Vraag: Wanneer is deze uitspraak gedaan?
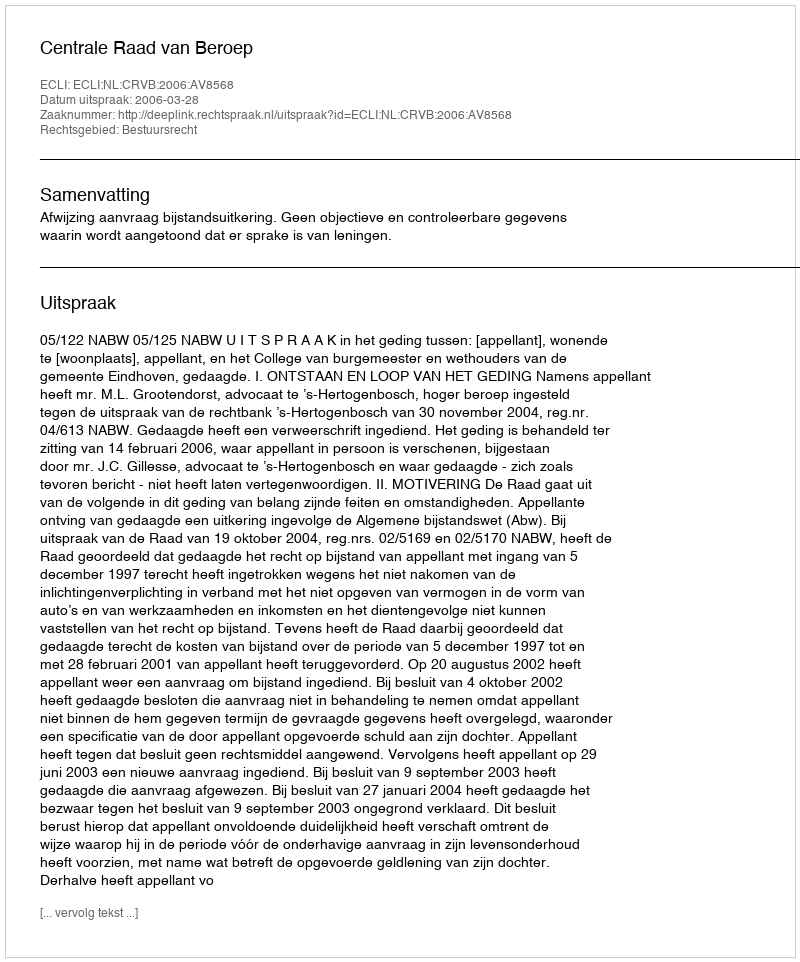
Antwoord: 2006-03-28